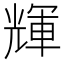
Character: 輝